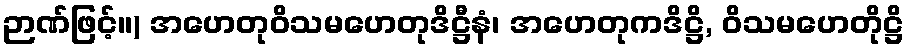
ဉာဏ်ဖြင့်။) အဟေတုဝိသမဟေတုဒိဋ္ဌီနံ၊ အဟေတုကဒိဋ္ဌိ, ဝိသမဟေတိုဋ္ဌိ